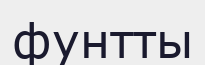
фунтты